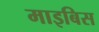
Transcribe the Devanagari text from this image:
माइबिस